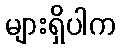
များရှိပါက